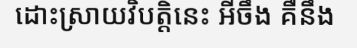
ដោះស្រាយវិបត្តិនេះ អីចឹង គឺនឹង